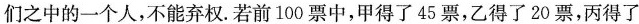
们之中的一个人，不能弃权。若前100票中，甲得了45票，乙得了20票，丙得了